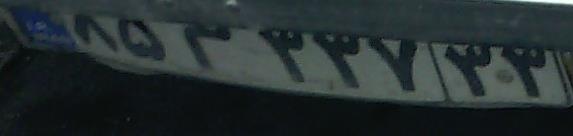
۸۵م۳۳۷۳۳